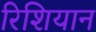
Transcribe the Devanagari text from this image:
रिशियान